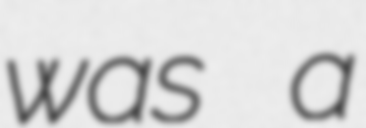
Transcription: was a